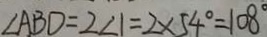
\angle A B D = 2 \angle 1 = 2 \times 5 4 ^ { \circ } = 1 0 8 ^ { \circ }